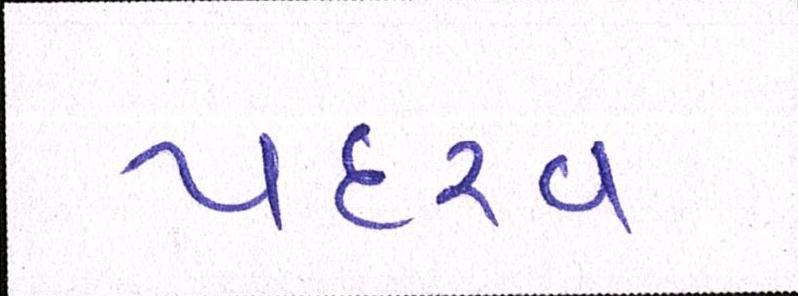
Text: પદરવ